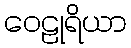
ဝေဠုရိယာ